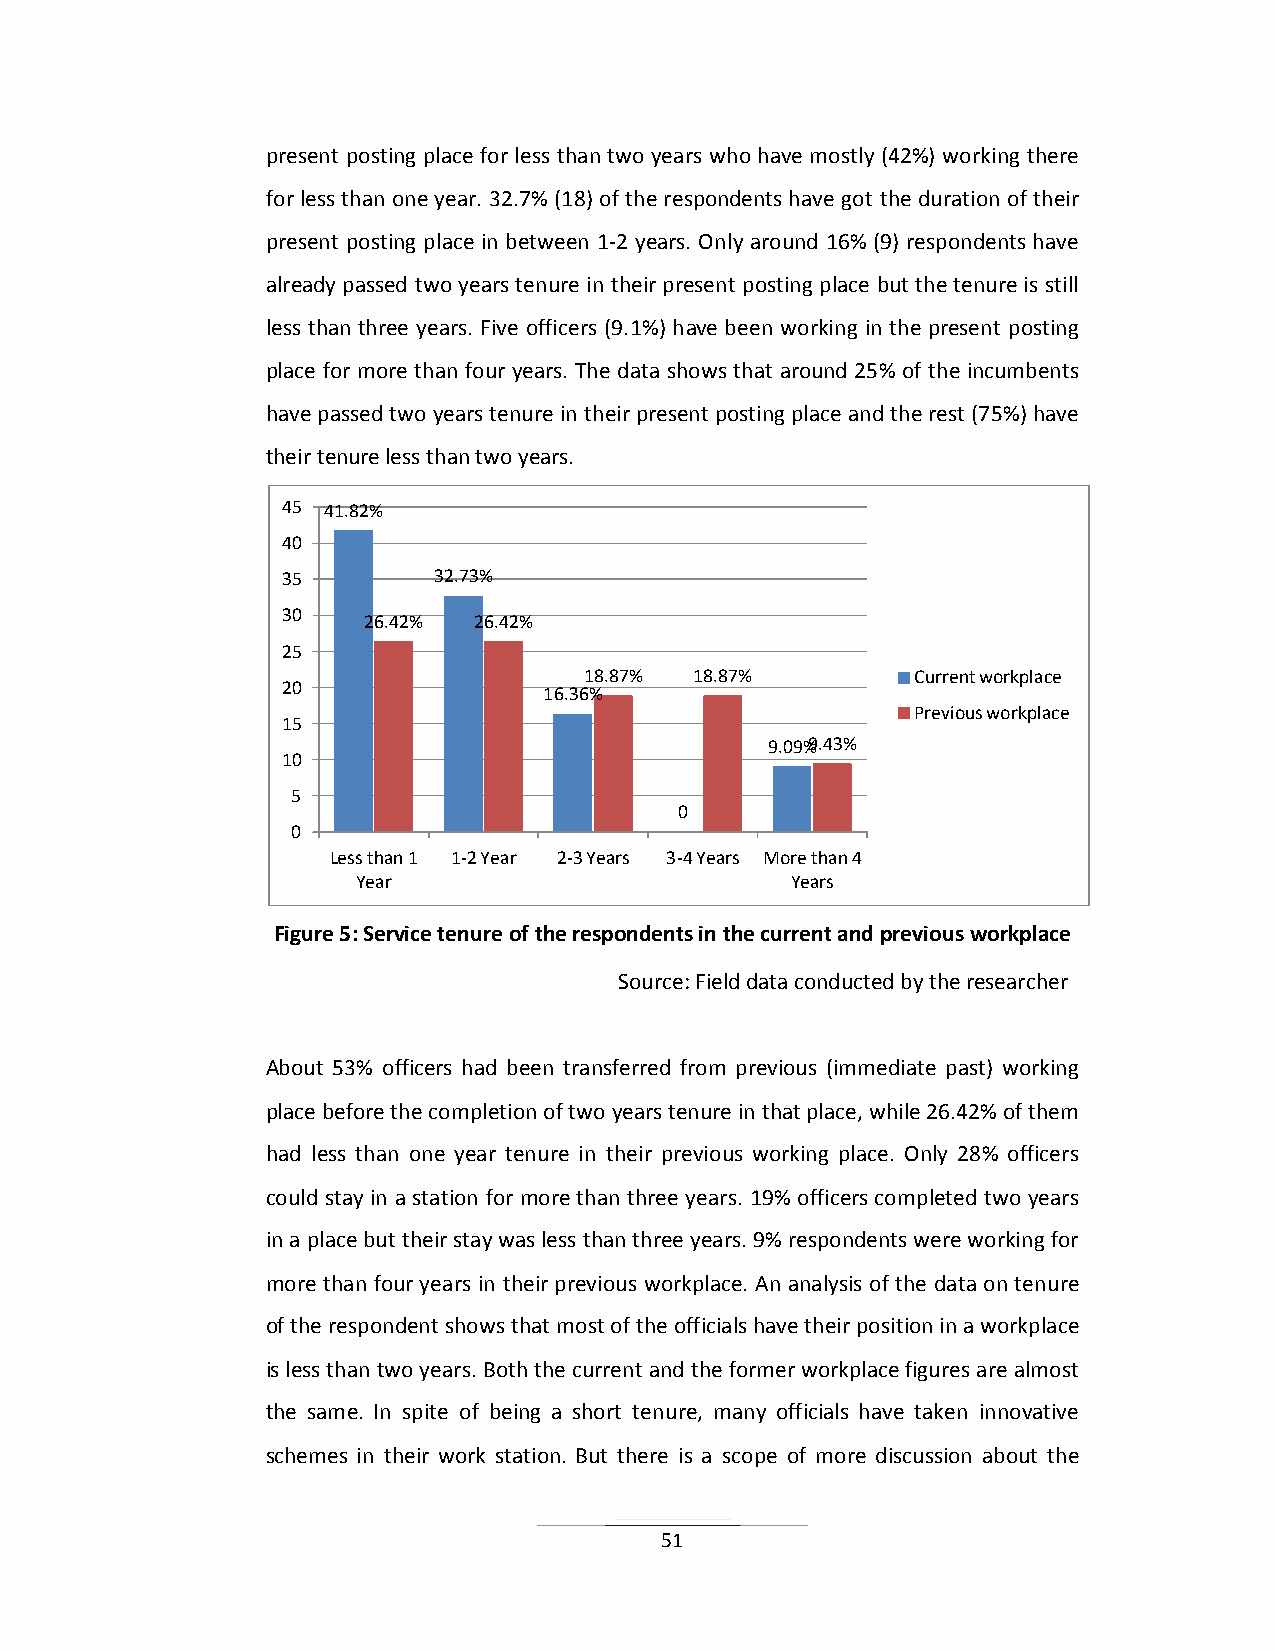
present posting place for less than two years who have mostly (42%) working there
 for less than one year. 32.7% (18) of the respondents have got the duration of their
 present posting place in between 1-2 years. Only around 16% (9) respondents have
 already passed two years tenure in their present posting place but the tenure is still
 less than three years. Five officers (9.1%) have been working in the present posting
 place for more than four years. The data shows that around 25% of the incumbents
 have passed two years tenure in their present posting place and the rest (75%) have
 their tenure less than two years.
 45 41.82%
 40
 35        32.73%
 30
 26.42% 26.42%
 25
 18.87% 18.87%         Current workplace
 20
 16.36%
 Previous workplace
 15
 9.09%9.43%
 10
 5
 0
 0
 Less than 1 1-2 Year 2-3 Years 3-4 Years More than 4
 Year                        Years
 Figure 5: Service tenure of the respondents in the current and previous workplace
 Source: Field data conducted by the researcher
 About 53% officers had been transferred from previous (immediate past) working
 place before the completion of two years tenure in that place, while 26.42% of them
 had less than one year tenure in their previous working place. Only 28% officers
 could stay in a station for more than three years. 19% officers completed two years
 in a place but their stay was less than three years. 9% respondents were working for
 more than four years in their previous workplace. An analysis of the data on tenure
 of the respondent shows that most of the officials have their position in a workplace
 is less than two years. Both the current and the former workplace figures are almost
 the same. In spite of being a short tenure, many officials have taken innovative
 schemes in their work station. But there is a scope of more discussion about the
 51